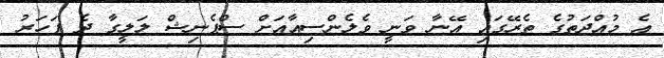
އެ މުއްދަތުގެ ތެރޭގައި އޭނާ ވަނީ ވެލެންސިއާއަށް ސްޕެނިޝް ލަލީގާ ދެ ފަހަރު